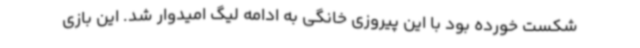
شکست خورده بود با این پیروزی خانگی به ادامه لیگ امیدوار شد. این بازی